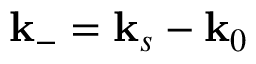
\mathbf { k } _ { - } = \mathbf { k } _ { s } - \mathbf { k } _ { 0 }